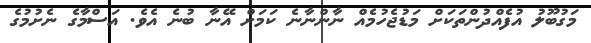
މަގުބޫލު އުފެއްދުންތަކަށް މަޑުޖެހުމެއް ނާންނާނެ ކަމަށް އޭނާ ބުނެ އެވެ. އަސްމާގެ ނެށުމުގެ